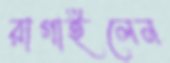
রাগাইলেন